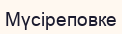
Мүсіреповке